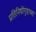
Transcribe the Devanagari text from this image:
प्रतिनिधीगृहाच्या